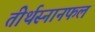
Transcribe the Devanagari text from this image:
तीर्थस्नानफलं